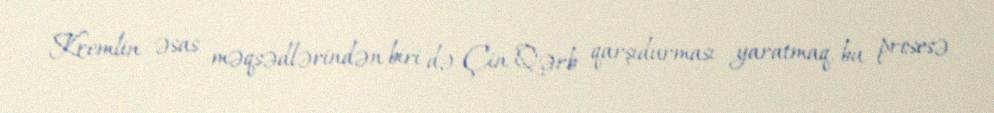
Kremlin əsas məqsədlərindən biri də Çin-Qərb qarşıdurması yaratmaq, bu prosesə